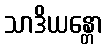
သာဒိယန္တော